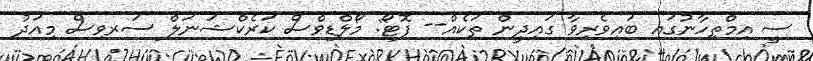
ސީ އިމްތިހާނުގައި ބައިވެރިވާ ގައިދީން ތަކެއް-- ފޮޓޯ: މޯލްޑިވްސް ކަރެކްޝަނަލް ސަރވިސް މިއަދު